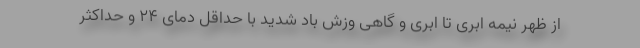
از ظهر نیمه ابری تا ابری و گاهی وزش باد شدید با حداقل دمای ۲۴ و حداکثر